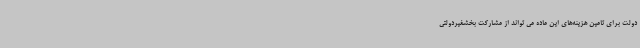
دولت برای تامین هزینه‌های این ماده می تواند از مشارکت بخشغیردولتی